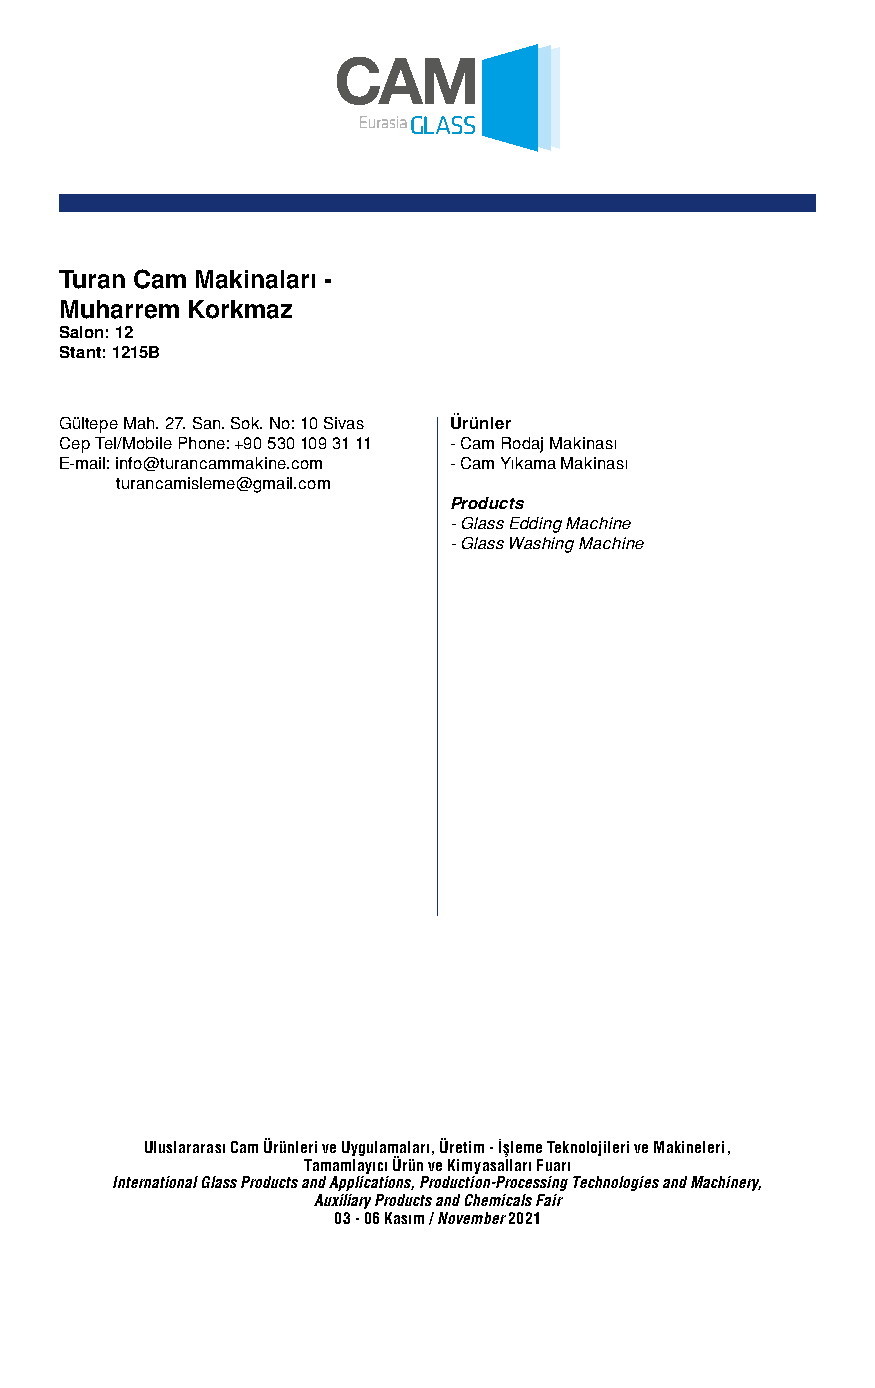
Turan Cam Makinaları -
 Muharrem Korkmaz
 Salon: 12
 Stant: 1215B
 Gültepe Mah. 27. San. Sok. No: 10 Sivas Ürünler
 Cep Tel/Mobile Phone: +90 530 109 31 11 - Cam Rodaj Makinası
 E-mail: info@turancammakine.com - Cam Yıkama Makinası
 turancamisleme@gmail.com
 Products
 - Glass Edding Machine
 - Glass Washing Machine
 Uluslararası Cam Ürünleri ve Uygulamaları, Üretim - İşleme Teknolojileri ve Makineleri,
 Tamamlayıcı Ürün ve Kimyasalları Fuarı
 International Glass Products and Applications, Production-Processing Technologies and Machinery,
 Auxiliary Products and Chemicals Fair
 03 - 06 Kasım / November 2021